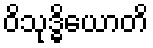
ဝိသုဒ္ဓိယောတိ